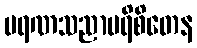
မရဏသညာပရိစိတေန